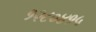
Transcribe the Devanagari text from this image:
१२८०४१५